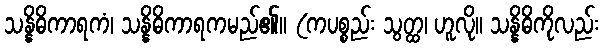
သန္နိဓိကာရကံ၊ သန္နိဓိကာရကမည်၏။ (ကပစ္စည်း သွတ္ထ၊ ဟူလို။ သန္နိဓိကိုလည်း